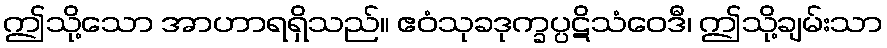
ဤသို့သော အာဟာရရှိသည်။ ဧဝံသုခဒုက္ခပ္ပဋိသံဝေဒီ၊ ဤသို့ချမ်းသာ